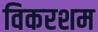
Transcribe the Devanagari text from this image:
विकरशम